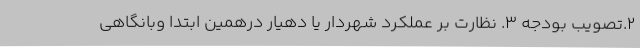
۲.تصویب بودجه ۳. نظارت بر عملکرد شهردار یا دهیار درهمین ابتدا وبانگاهی